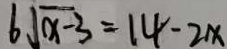
6 \sqrt { x - 3 } = 1 4 - 2 x